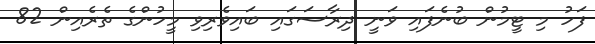
ފަހު މި ޓީމުން ބުނެފައި ވަނީ ދިރާސަގައި ބައިވެރިވި މީހުންގެ ތެރެއިން 82